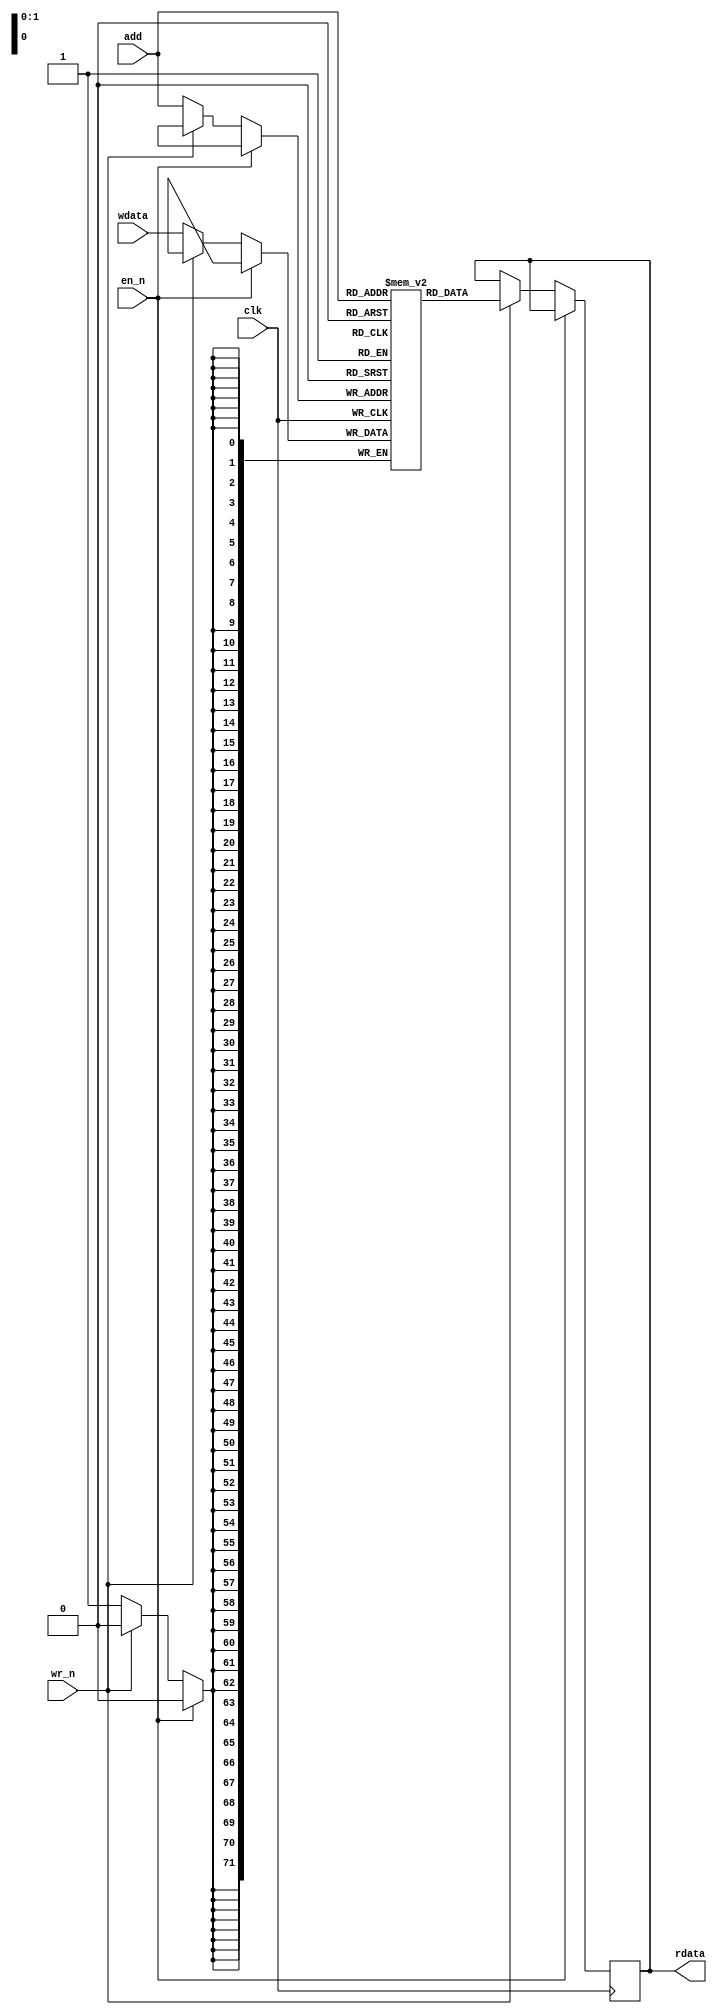
module dff_ram_4x72 (
    input wire clk,
    input wire [1:0]add,
    input wire en_n,
    input wire wr_n,
    input wire [71:0]wdata,

    output reg [71:0]rdata
);
    reg [71:0] mem [0:3];

    always @(posedge clk) begin
        if(!en_n)begin
            if(!wr_n)begin
                    mem[add]<= wdata;
            end
            else if(wr_n) begin
                rdata<=mem[add];
            end
        end
end



endmodule